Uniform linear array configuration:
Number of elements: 32
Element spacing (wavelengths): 0.25
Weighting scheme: hamming
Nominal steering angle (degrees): -45
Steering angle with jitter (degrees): -46.728
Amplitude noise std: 0.05
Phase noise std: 0.05

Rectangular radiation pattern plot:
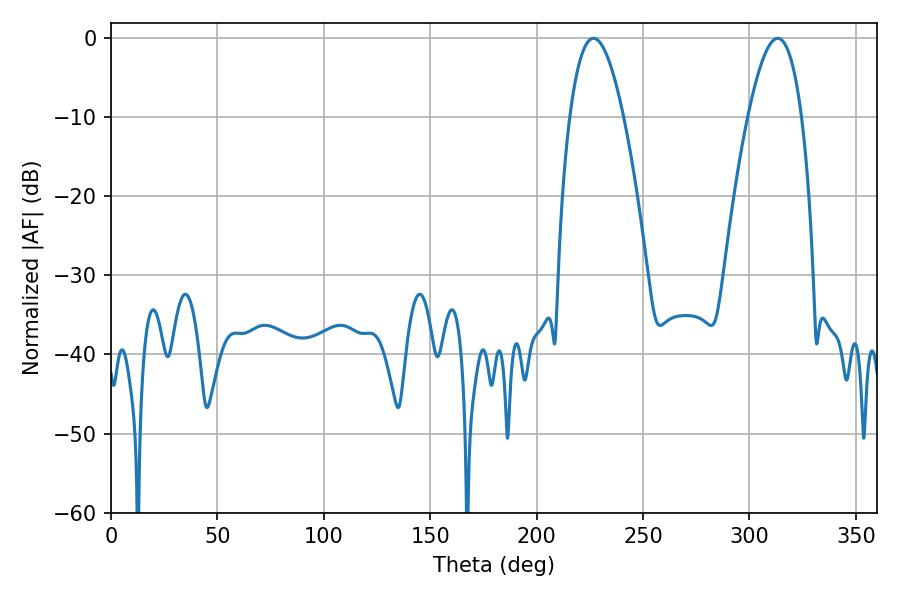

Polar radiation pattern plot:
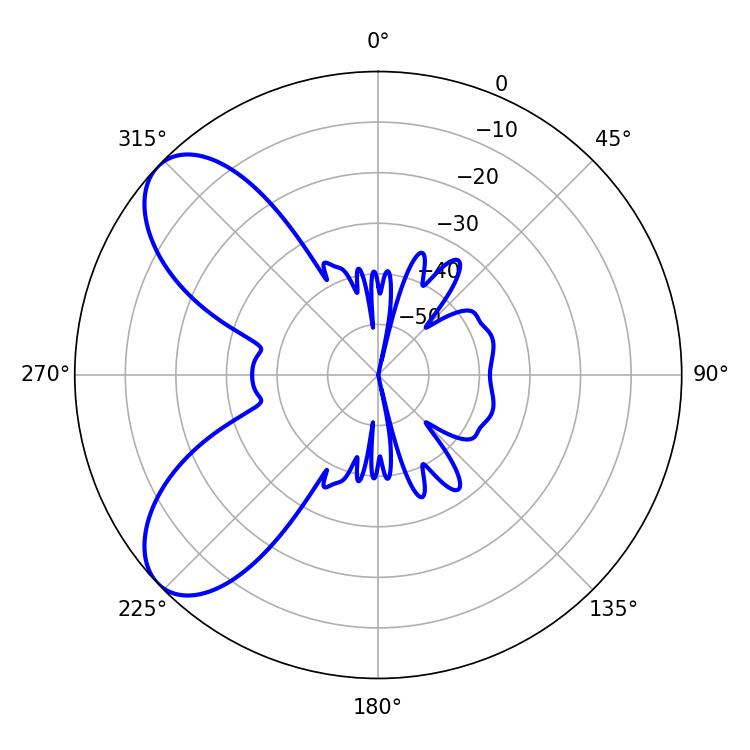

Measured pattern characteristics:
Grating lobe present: FALSE
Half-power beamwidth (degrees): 13.68
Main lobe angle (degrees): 226.8